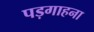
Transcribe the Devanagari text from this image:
पड़गाहना